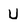
Character: U